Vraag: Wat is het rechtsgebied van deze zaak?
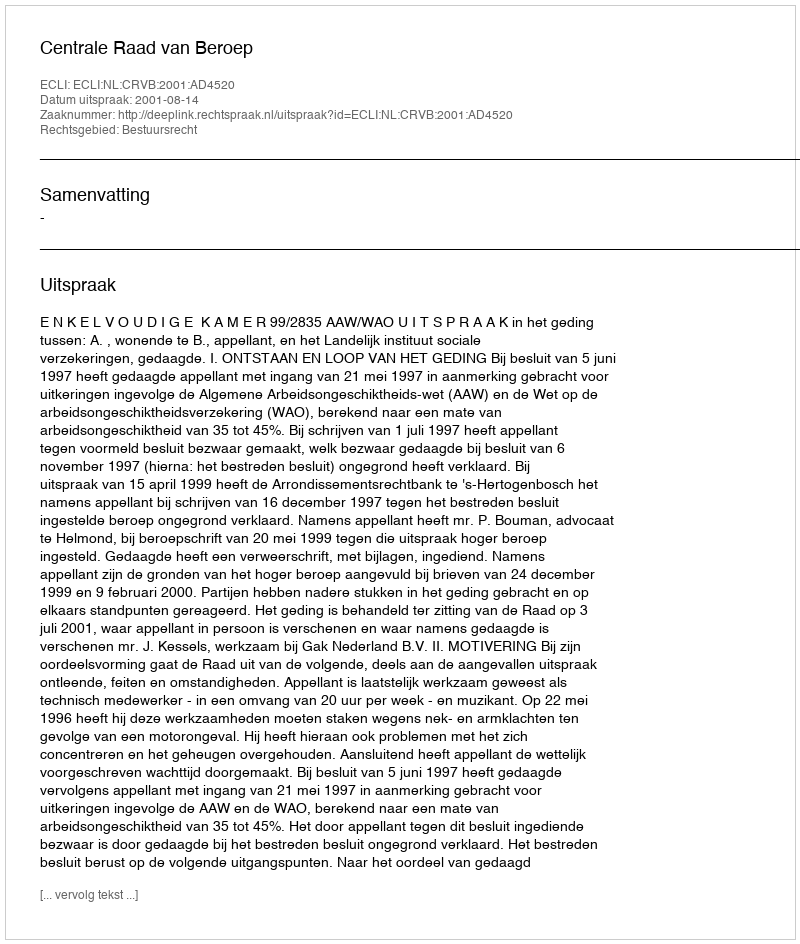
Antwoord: Bestuursrecht